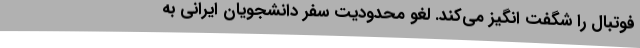
فوتبال را شگفت انگیز می‌کند. لغو محدودیت سفر دانشجویان ایرانی به